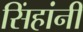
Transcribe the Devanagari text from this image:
सिंहांनी